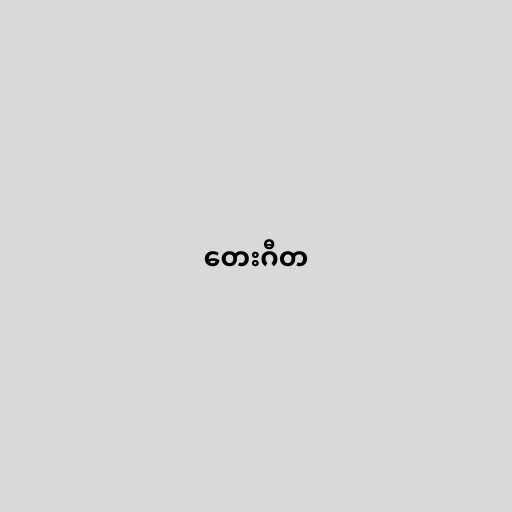
တေးဂီတ